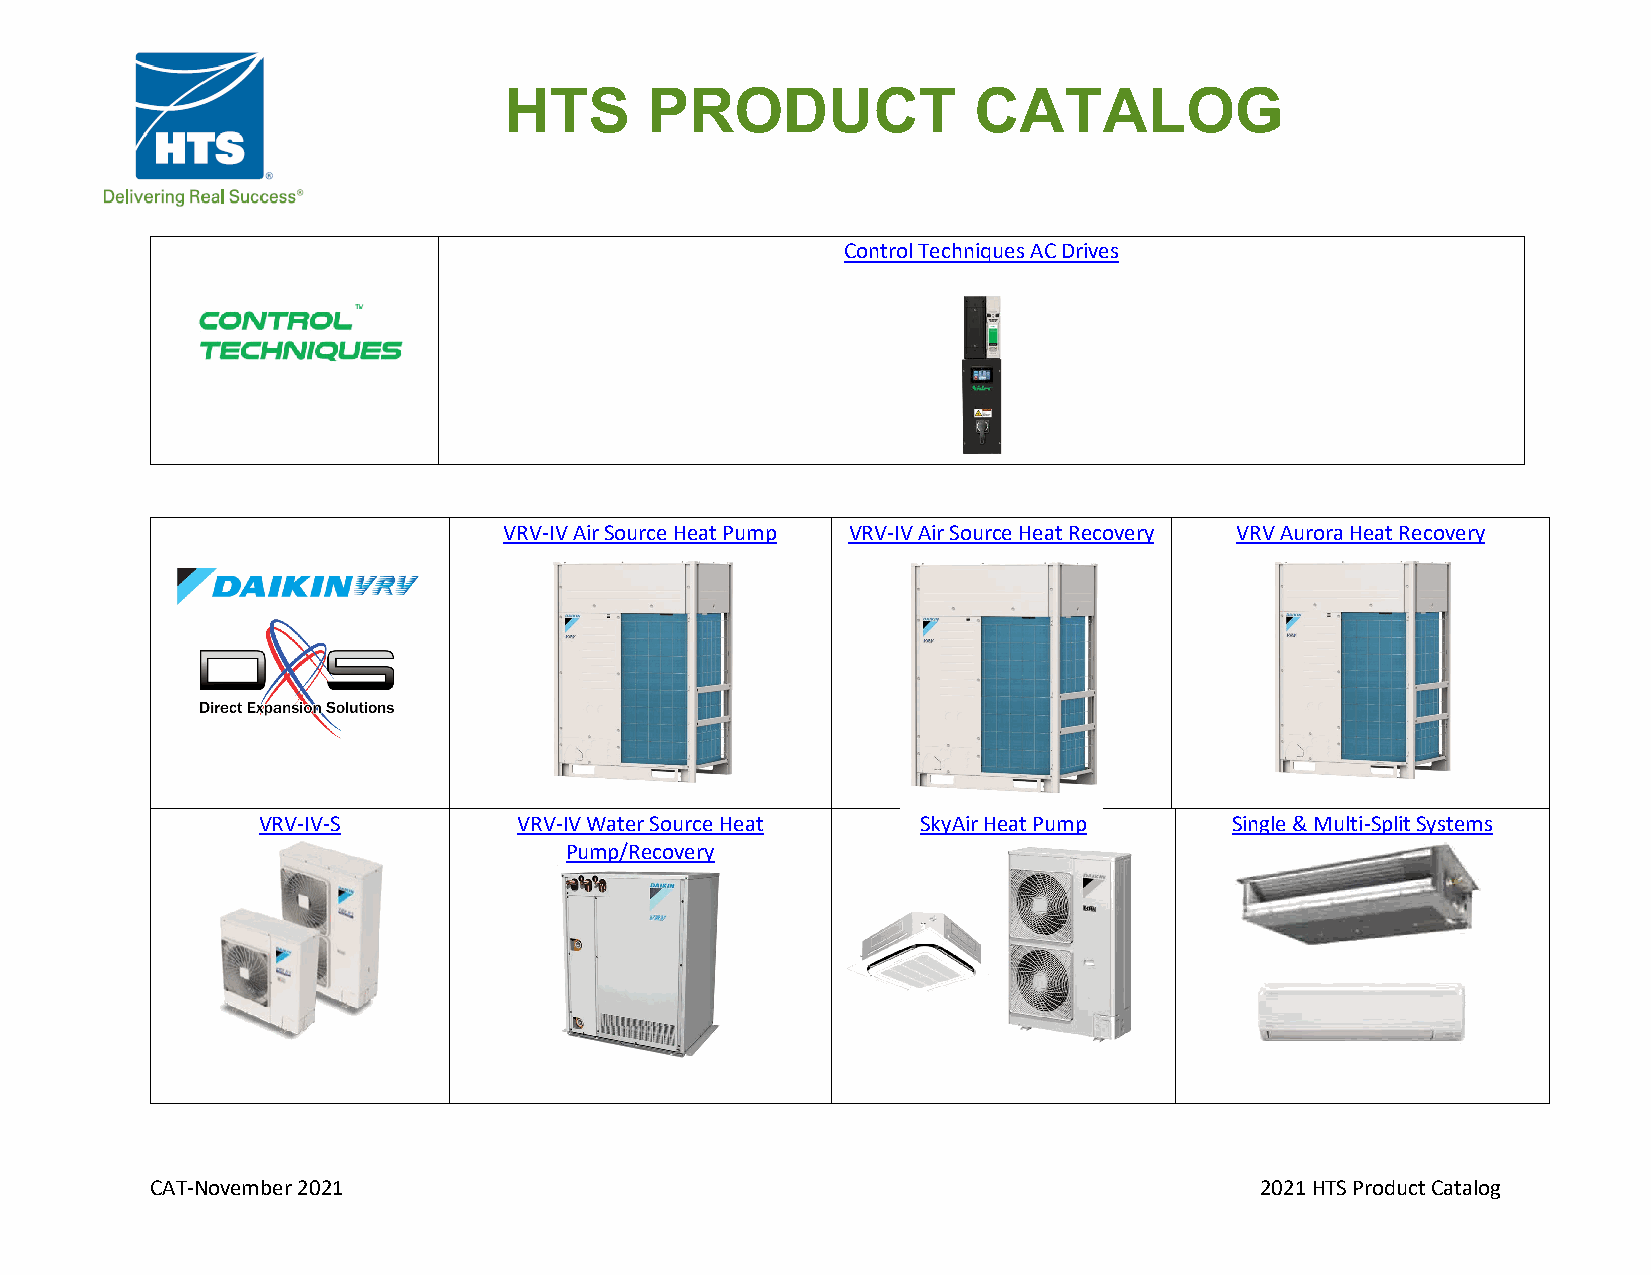
HTS       PRODUCT              CATALOG
 Control Techniques AC Drives
 VRV-IV Air Source Heat Pump VRV-IV Air Source Heat Recovery VRV Aurora Heat Recovery
 VRV-IV-S         VRV-IV Water Source Heat   SkyAir Heat Pump     Single & Multi-Split Systems
 Pump/Recovery
 CAT-November 2021                                                        2021 HTS Product Catalog